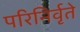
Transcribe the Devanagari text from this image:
परिनिर्वृते